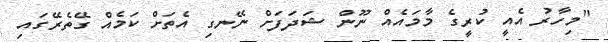
"މިހާރު އެއީ ކުރީގެ މާމައެއް ނޫން ޝަދަފަށް ނޭނގި އެތަށް ކަމެއް ގޭތެރޭގައި